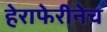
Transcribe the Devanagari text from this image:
हेराफेरीनेच